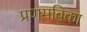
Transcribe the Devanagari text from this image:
प्रणमबिका